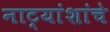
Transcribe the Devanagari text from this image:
नाट्यांशांचे